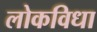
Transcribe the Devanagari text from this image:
लोकविधा